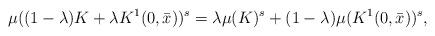
LaTeX: \begin{align*}\mu( (1 - \lambda) K + \lambda K^1(0, \bar x))^s = \lambda \mu(K)^s + (1 - \lambda) \mu(K^1(0, \bar x))^s,\end{align*}